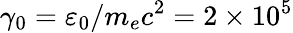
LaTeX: \gamma_{0}=\varepsilon_{0}/m_{e}c^{2}=2\times 10^{5}